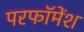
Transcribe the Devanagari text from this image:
परफॉमेंश